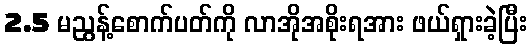
2.5 မညွန့်စောက်ပတ်ကို လာအိုအစိုးရအား ဖယ်ရှားခဲ့ပြီး